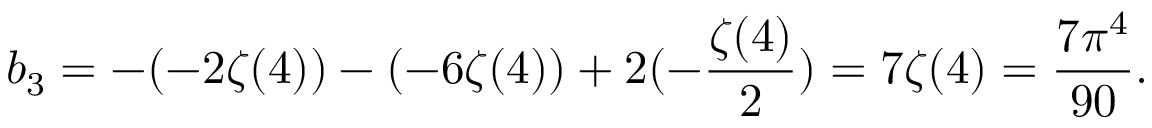
b _ { 3 } = - ( - 2 \zeta ( 4 ) ) - ( - 6 \zeta ( 4 ) ) + 2 ( - \frac { \zeta ( 4 ) } { 2 } ) = 7 \zeta ( 4 ) = \frac { 7 \pi ^ { 4 } } { 9 0 } .